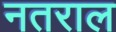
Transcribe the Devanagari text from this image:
नतराल